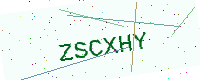
Text: ZSCXHY